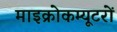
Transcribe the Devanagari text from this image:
माइक्रोकम्यूटरों